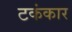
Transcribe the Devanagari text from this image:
टकंकार